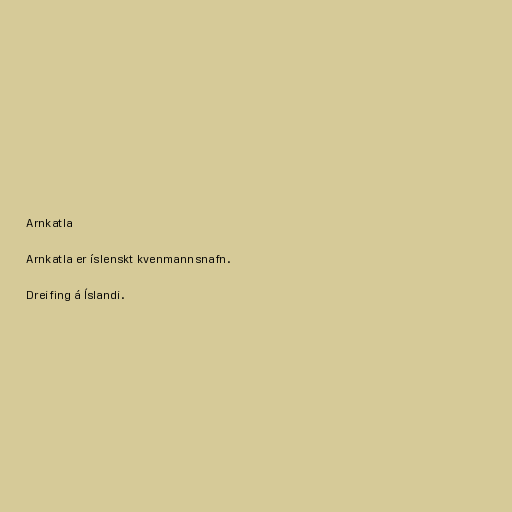
Arnkatla

Arnkatla er íslenskt kvenmannsnafn.

Dreifing á Íslandi.